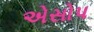
એસોપ